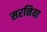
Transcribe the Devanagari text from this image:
सरनिया